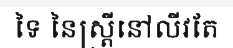
ទៃ នៃស្ត្រីនៅលីវតែ